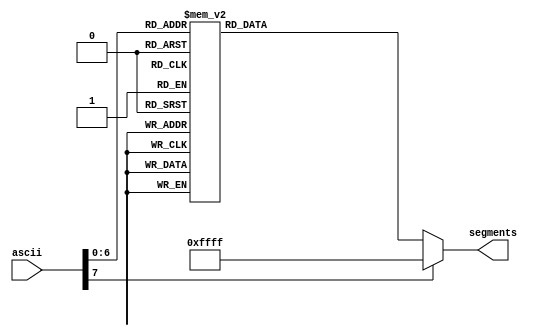
/*******************
*     a1a1 a2a2
*    f h  i  j b
*    f  h i j  b
*     g1g1 g2g2
*    e  m l k  c
*    e m  l  k c
*     d1d1 d2d2
*
*  FEDCBA9876543210
*  aabcddefgghijklm
*  12  12  12
*******************/
module charROM(
input wire [7:0] ascii,
output wire [15:0] segments
);

reg [15:0] seg /* synthesis syn_romstyle = "select_rom" */;

assign segments[15:0] = seg [15:0];

always @(ascii)
begin
	case(ascii)
		"0": seg = 16'b0000000011111111;
		"1": seg = 16'b1100111111110111;
		"2": seg = 16'b0001000100111111;
		"3": seg = 16'b0000001110111111;
		"4": seg = 16'b1100111000111111;
		"5": seg = 16'b0010001000111111;
		"6": seg = 16'b0010000000111111;
		"7": seg = 16'b0000111111111111;
		"8": seg = 16'b0000000000111111;
		"9": seg = 16'b0000111000111111;
		":": seg = 16'b1111111111101101;
		";": seg = 16'b1111111111101110;
		"<": seg = 16'b1111111111110011;
		"=": seg = 16'b1111001100111111;
		">": seg = 16'b1111111111011110;
		"?": seg = 16'b0001111110111101;
		"@": seg = 16'b0001000010110111;
		"A": seg = 16'b0000110000111111;
		"B": seg = 16'b0000001110101101;
		"C": seg = 16'b0011000011111111;
		"D": seg = 16'b0000001111101101;
		"E": seg = 16'b0011000000111111;
		"F": seg = 16'b0011110001111111;
		"G": seg = 16'b0010000010111111;
		"H": seg = 16'b1100110000111111;
		"I": seg = 16'b1111111111101101;
		"J": seg = 16'b1100000111111111;
		"K": seg = 16'b1111110011110011;
		"L": seg = 16'b1111000011111111;
		"M": seg = 16'b1100110011010111;
		"N": seg = 16'b1100110011011011;
		"O": seg = 16'b0000000011111111;
		"P": seg = 16'b0001110000111111;
		"Q": seg = 16'b0000000011111011;
		"R": seg = 16'b0001110000111011;
		"S": seg = 16'b0010001110011111;
		"T": seg = 16'b0011111111101101;
		"U": seg = 16'b1100000011111111;
		"V": seg = 16'b1111110011110110;
		"W": seg = 16'b1100110011111010;
		"X": seg = 16'b1111111111010010;
		"Y": seg = 16'b1111111111010101;
		"Z": seg = 16'b0011001111110110;
		"[": seg = 16'b0111010011111111;
		"\\\\": seg = 16'b1111111111011110;
		"]": seg = 16'b1000101111111111;
		"^": seg = 16'b1111111011011111;
		"_": seg = 16'b1111001111111111;
		"`": seg = 16'b1111111111011111;

		default : seg = 16'b1111111111111111;
	endcase
end //always

endmodule